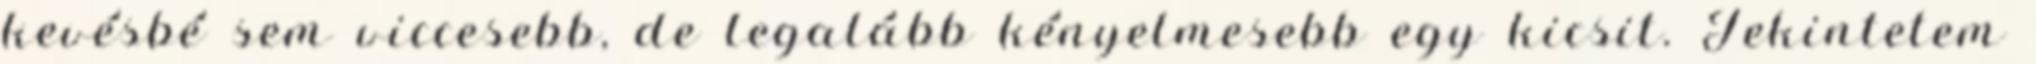
kevésbé sem viccesebb, de legalább kényelmesebb egy kicsit. Tekintetem